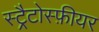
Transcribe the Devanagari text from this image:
स्ट्रैटोस्फ़ीयर